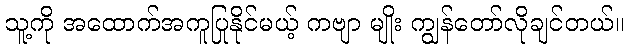
သူ့ကို အထောက်အကူပြုနိုင်မယ့် ကဗျာ မျိုး ကျွန်တော်လိုချင်တယ်။